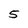
Character: 5